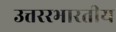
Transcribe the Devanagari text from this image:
उत्तररभारतीय